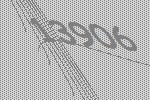
13906